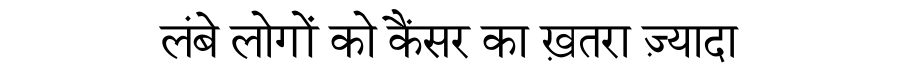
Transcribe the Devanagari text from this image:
लंबे लोगों को कैंसर का ख़तरा ज़्यादा